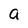
Character: a